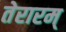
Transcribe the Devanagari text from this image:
तेरारम्‌